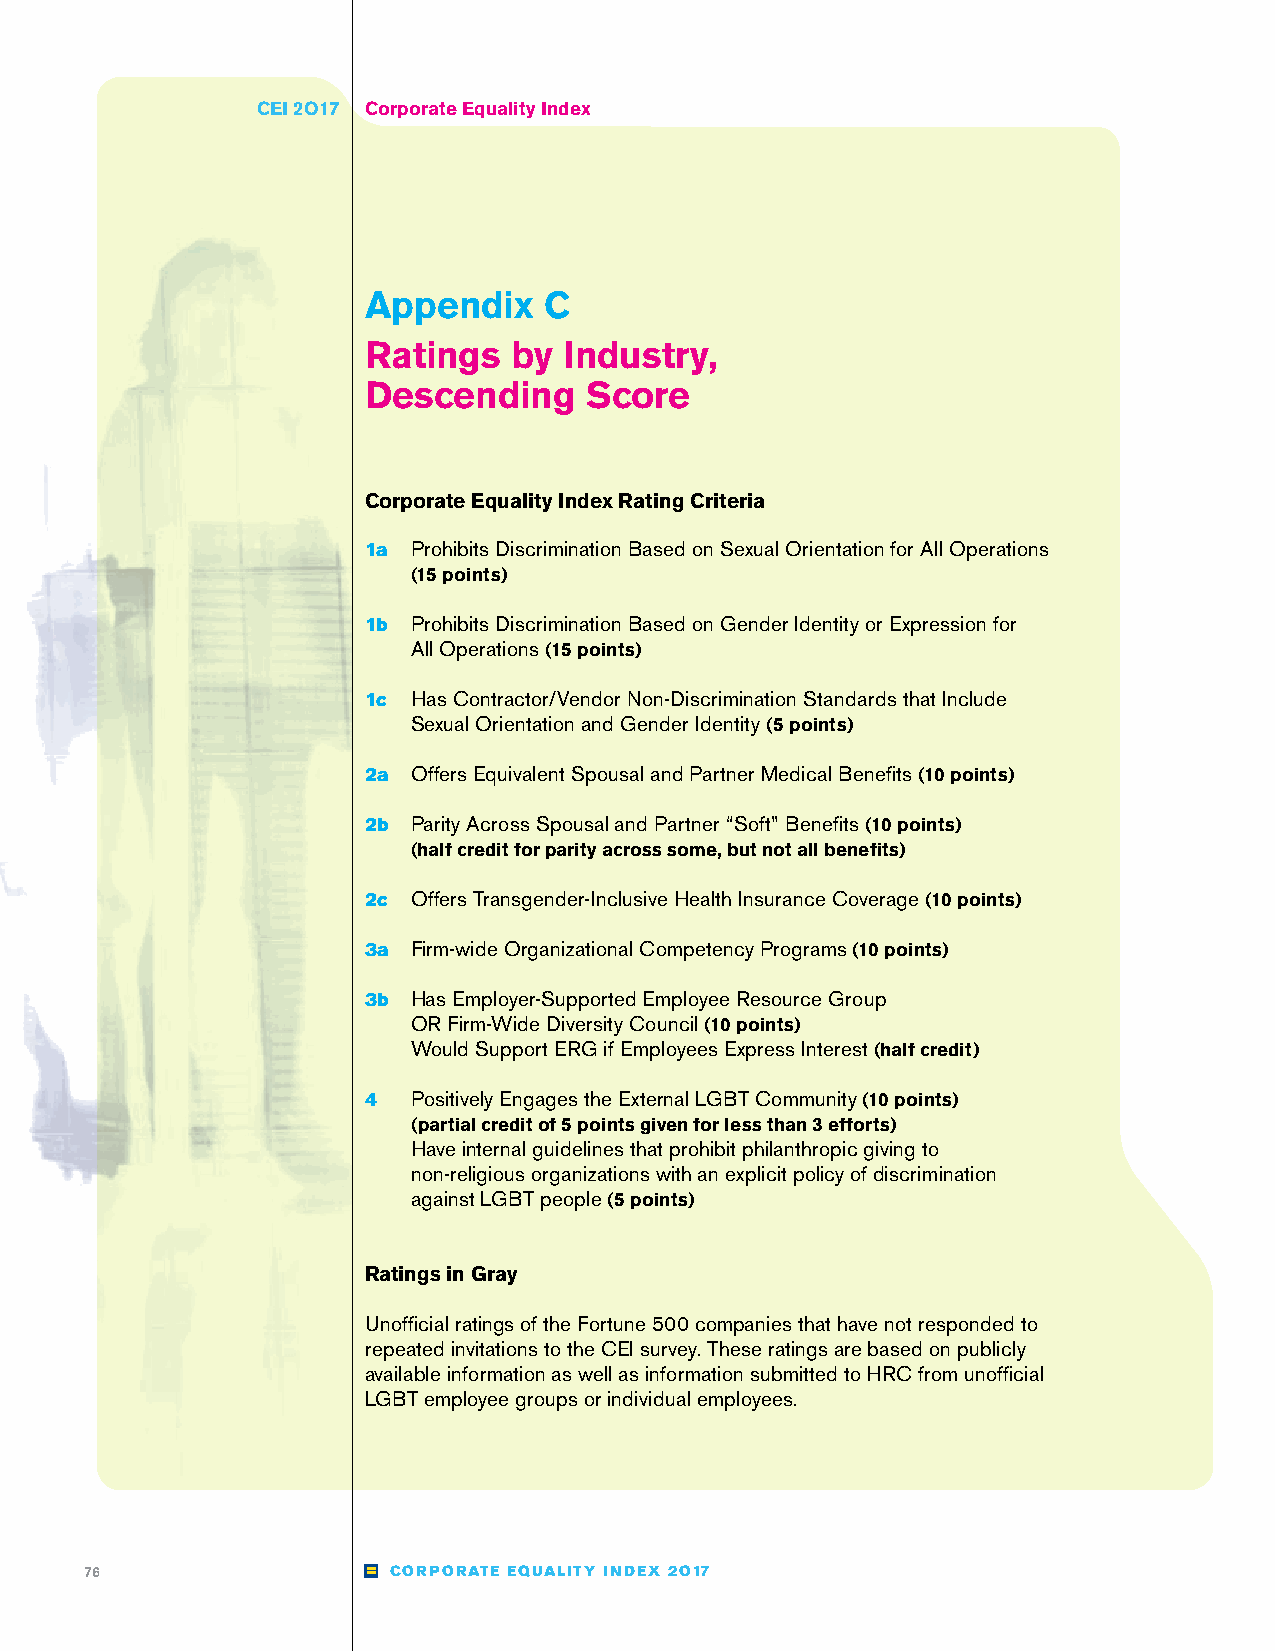
CEI 2O17 Corporate Equality Index
 Appendix    C
 Ratings   by Industry,
 Descending     Score
 Corporate Equality Index Rating Criteria
 1a Prohibits Discrimination Based on Sexual Orientation for All Operations
 (15 points)
 1b Prohibits Discrimination Based on Gender Identity or Expression for
 All Operations (15 points)
 1c Has Contractor/Vendor Non-Discrimination Standards that Include
 Sexual Orientation and Gender Identity (5 points)
 2a Offers Equivalent Spousal and Partner Medical Benefits (10 points)
 2b Parity Across Spousal and Partner “Soft” Benefits (10 points)
 (half credit for parity across some, but not all benefits)
 2c Offers Transgender-Inclusive Health Insurance Coverage (10 points)
 3a Firm-wide Organizational Competency Programs (10 points)
 3b Has Employer-Supported Employee Resource Group
 OR Firm-Wide Diversity Council (10 points)
 Would Support ERG if Employees Express Interest (half credit)
 4  Positively Engages the External LGBT Community (10 points)
 (partial credit of 5 points given for less than 3 efforts)
 Have internal guidelines that prohibit philanthropic giving to
 non-religious organizations with an explicit policy of discrimination
 against LGBT people (5 points)
 Ratings in Gray
 Unofficial ratings of the Fortune 500 companies that have not responded to
 repeated invitations to the CEI survey. These ratings are based on publicly
 available information as well as information submitted to HRC from unofficial
 LGBT employee groups or individual employees.
 76                  CORPORATE EQUALITY INDEX 2O17